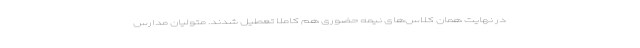
در نهایت همان کلاس‌های نیمه حضوری هم کاملا تعطیل شدند. متولیان مدارس